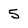
Character: 5